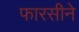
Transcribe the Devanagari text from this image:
फारसीने